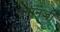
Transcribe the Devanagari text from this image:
कसनजी